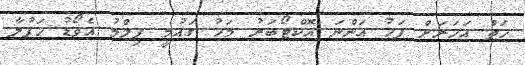
ހަތް އަހަރަށް ފަހު އަންނަ އޮކްޓޯބަރު މަހު ގައުމީ ފިލްމު އެވޯޑު ހަފުލާ